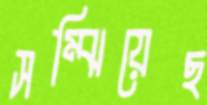
সম্‌ঝিয়েছ